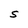
Character: S